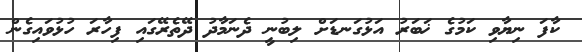
ކާފަ ނިޔާވި ކަމުގެ ޚަބަރު އަޅުގަނޑަށް ލިބުނީ ދެނަމާދު ދޭތެރޭގައި ފިހާރަ ހުޅުވައިގެން